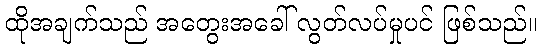
ထိုအချက်သည် အတွေးအခေါ် လွတ်လပ်မှုပင် ဖြစ်သည်။